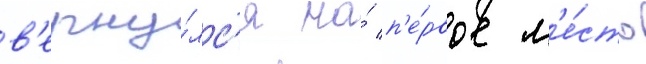
в'ерну́лс'я на́ п'е́рвое м'е́сто